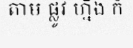
តាម ផ្លូវ ហ្នឹង ក៏